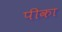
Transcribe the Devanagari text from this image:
पीका